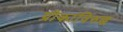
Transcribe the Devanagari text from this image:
ग्रीकांविरुद्ध